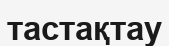
тастақтау